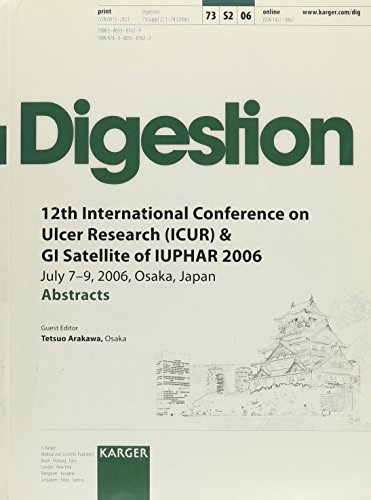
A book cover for Ulcer Research: 12th International Conference (ICUR) and GI Satellite of IUPHAR 2006, Osaka, July 2006: Abstracts (Supplement Issue: Digestion 2006); Health, Fitness & Dieting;